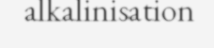
alkalinisation